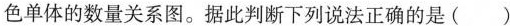
色单体的数量关系图。据此判断下列说法正确的是( )